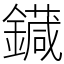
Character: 䥠